Vaccine operations Central Provinces & Berar 1922-1929 - 1922-1929
Year: 1922
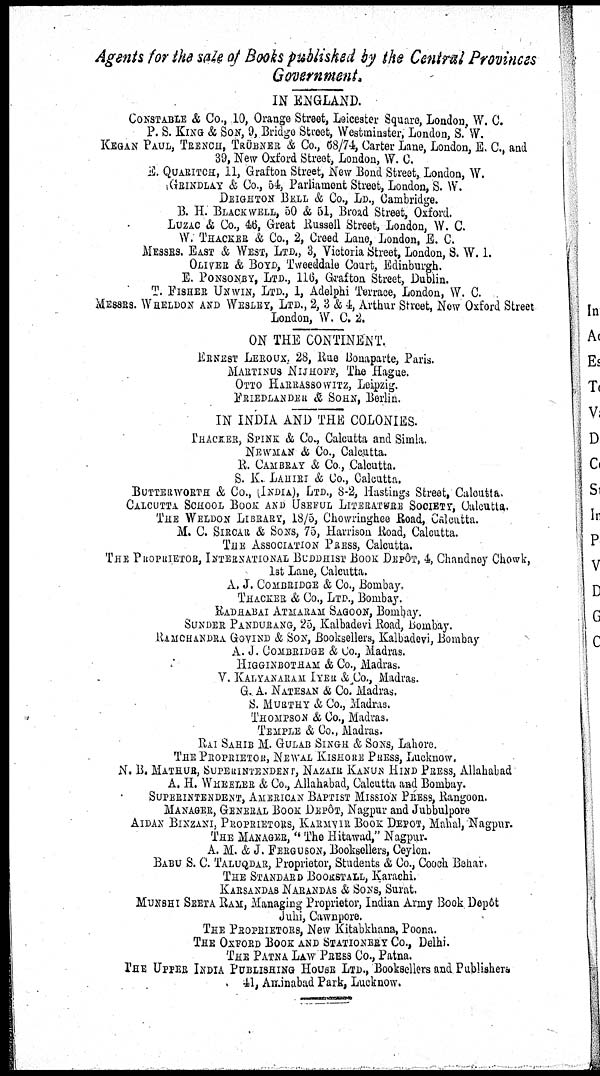
Agents for the sale of Books published by the Central Provinces
Government.
IN ENGLAND.
CONSTABLE & Co., 10, Orange Street, Leicester Square, London, W. C.
P. S. KING & SON, 9, Bridge Street, Westminster, London, S. W.
KEGAN PAUL, TRENCH, TRUBNER & Co., 68/74, Carter Lane, London, E. C., and
39, New oxford Street, London, W. C.
E. QUARITCH, 11, Grafton Street, New Bond Street, London, W.
GRINDLAY & Co., 54, Parliament Street, London, S. W.
DEIGHTON BELL & Co., LD., Cambridge.
B. H. BLACKWELL, 50 & 51, Broad Street, Oxford.
LUZAC & Co., 46, Great Russell Street, London, W. C.
W. THACKER & Co., 2, Creed Lane, London, E. C.
MESSRS. EAST & WEST, LTD., 3, Victoria Street, London, S. W. 1.
OLIVER & BOYD, Tweeddale Court, Edinburgh.
E. PONSONBY, LTD., 116, Grafton Street, Dublin.
T. FISHER UNWIN, LTD., 1, Adelphi Terrace, London, W. C.
MESSRS. WHELDON AND WESLEY, LTD., 2, 3 & 4, Arthur Street, New Oxford Street
London,W.C.2.
ON THE CONTINENT.
ERNEST LEROUX, 28, Rue Bonaparte, Paris.
MARTINUS NIJHOFF, The Hague.
OTTO HARRASSOWITZ, Leipzig.
FRIENDLANDER& SOHN, Berlin.
IN INDIA AND THE COLONIES.
THACKER, SPINK & Co., Calcutta and Simla.
NEWMAN & Co., Calcutta.
R. CAMBRAY & Co, Calcutta.
S. K. LAHIRI & Co., Calcutta.
BUTTERWORTH & Co., (INDIA), LTD., 8-2, Hastings Street, Calcutta.
CALCUTTA SCHOOL BOOK AND USEFUL LITERATURE SOCIETY, Calcutta,.
THE WELDON LIBRARY, 18/5, Chowringhee Road, Calcutta.
M. C. SIRCAR & SONS, 75, Harrison Road, Calcutta.
THE ASSOCIATION PRESS, Calcutta.
THE PROPRIETOR, INTERNATIONAL BUDDHIST BOOK DEPÔT, 4, Chandney Chowk,
1st Lane, Calcutta.
A. J. COMBRIDGE & Co., Bombay.
THACKER & Co., LTD., Bombay.
RADHABAI ATMARAM SAGOON, Bombay.
SUNDER PANDURANG, 25, Kalbadevi Road, Bombay.
RAMCHANDRA GOVIND & SON, Booksellers, Kalbadevi, Bombay
A. J. COMBRIDGE & Co., Madras.
HIGGINBOTHAM & Co., Madras.
V. KALYANARAM IYER &CO., Madras.
G. A. NATESAN & Co. Madras.
S. MURTHY & Co., Madras.
THOMPSON & Co., Madras.
TEMPLE & Co., Madras.
RAI SAHIB M. GULAB SINGH & SONS, Lahore.
THE PROPRIETOR, NEWAL KISHORE PRESS,Lucknow.
N. B. MATHUR, SUPERINTENDENT, NAZAIR KANUN HIND PRESS, Allahabad
A. H. WHEELER & Co., Allahabad, Calcutta and Bombay.
SUPERINTENDENT, AMERICAN BAPTIST MISSION PRESS, Rangoon.
MANAGER, GENERAL BOOK DEPÔT, Nagpur and Jubbulpore
AIDAN BINZANI, PROPRIETORS, KARMVIR BOOK DEPÔT, Mahal, Nagpur.
THE MANAGRS, " The Hitawad," Nagpur.
A. M. & J. FERGUSON, Booksellers, Ceylon.
BABU S. C. TALUQDAR, Proprietor, Students & Co., Cooch Behar.
THE STANDARD BOOKSTALL, Karachi.
KARSANDAS NARANDAS & SONS, Surat.
MUNSHI SEETA RAM, Managing Proprietor, Indian Army Book Depôt
Juhi, Cawnpore.
THE PROPRIETORS, New Kitabkhana, Poona.
THE OXFORD BOOK AND STATIONERY CO., Delhi.
THE PATNA LAW PRESS CO., Patna.
THE UPPER INDIA PUBLISHING HOUSE LTD., Booksellers and Publishers
41, Amdnabad Park, Lucknow.